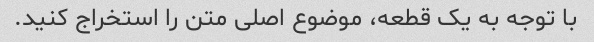
با توجه به یک قطعه، موضوع اصلی متن را استخراج کنید.